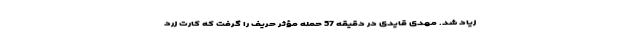
زیاد شد. مهدی قایدی در دقیقه 57 حمله مؤثر حریف را گرفت که کارت زرد